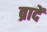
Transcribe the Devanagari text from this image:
ब्रादें